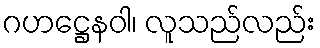
ဂဟဋ္ဌေနဝါ၊ လူသည်လည်း